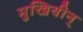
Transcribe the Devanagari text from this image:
मुखियीन्